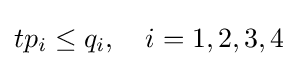
tp_{i}\leq q_{i},\quad i=1,2,3,4